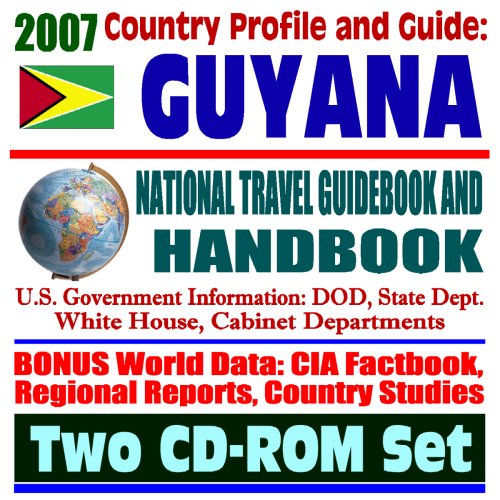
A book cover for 2007 Country Profile and Guide to Guyana - National Travel Guidebook and Handbook - Jim Jones Jonestown Mass Suicide, USAID, Exercise New Horizon (Two CD-ROM Set); U.S. Government; Travel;